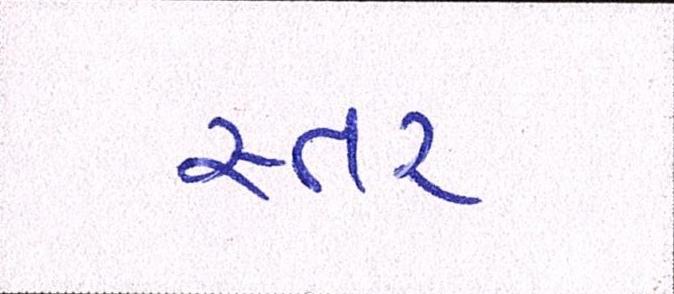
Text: સ્તર